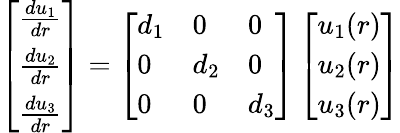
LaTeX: \left[\begin{array}{l}{\frac{du_{1}}{dr}}\\ {\frac{du_{2}}{dr}}\\ {\frac{du_{3}}{dr}}\end{array}\right]=\left[\begin{array}{lll}{d_{1}}&{0}&{0}\\ {0}&{d_{2}}&{0}\\ {0}&{0}&{d_{3}}\end{array}\right]\left[\begin{array}{l}{u_{1}(r)}\\ {u_{2}(r)}\\ {u_{3}(r)}\end{array}\right]